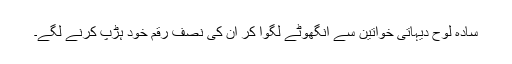
سادہ لوح دیہاتی خواتین سے انگھوٹے لگوا کر ان کی نصف رقم خود ہڑپ کرنے لگے۔